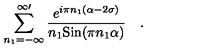
\sum _ { n _ { 1 } = - \infty } ^ { \infty \prime } { \frac { e ^ { i \pi n _ { 1 } ( \alpha - 2 \sigma ) } } { n _ { 1 } \mathrm { S i n } ( \pi n _ { 1 } \alpha ) } } \quad .